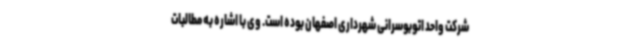
شرکت واحد اتوبوسرانی شهرداری اصفهان بوده است. وی با اشاره به مطالبات